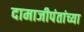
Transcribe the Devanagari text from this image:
दामाजीपंतांच्या